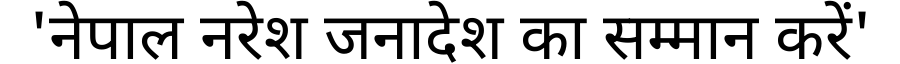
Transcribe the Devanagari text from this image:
'नेपाल नरेश जनादेश का सम्मान करें'